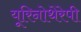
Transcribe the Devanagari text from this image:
यूरिनोथेरेपी